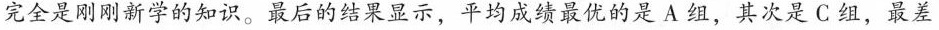
完全是刚刚新学的知识。最后的结果显示，平均成绩最优的是 A 组，其次是 C 组，最差